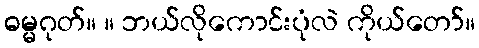
ဓမ္မဂုတ်။ ။ ဘယ်လိုကောင်းပုံလဲ ကိုယ်တော်။